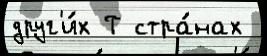
друг'и́х Т стра́нах